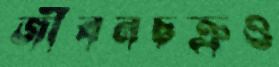
জীবনচক্রও